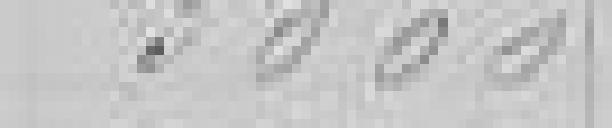
3 000